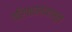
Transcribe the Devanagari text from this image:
परिणामांपासून